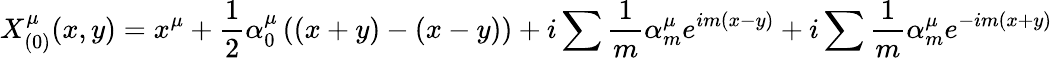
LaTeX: X_{(0)}^{\mu}(x,y)=x^{\mu}+\frac{1}{2}\alpha_{0}^{\mu}\left((x+y)-(x-y)\right)+i\sum\frac{1}{m}\alpha_{m}^{\mu}e^{im(x-y)}+i\sum\frac{1}{m}\alpha_{m}^{\mu}e^{-im(x+y)}